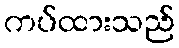
ကပ်ထားသည်